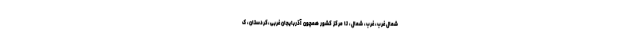
شمال غرب، غرب، شمال، تا مرکز کشور همچون آذربایجان غربی،کردستان، ک